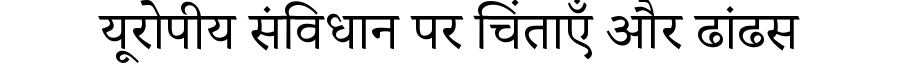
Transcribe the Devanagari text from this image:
यूरोपीय संविधान पर चिंताएँ और ढांढस